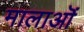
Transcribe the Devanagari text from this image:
मालाऒं